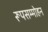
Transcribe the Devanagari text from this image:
रूपसम्मोहन